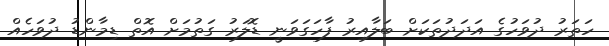
ހަތަރު ދުވަހުގެ އަދަދުތަކަށް ބަލާއިރު ފާހަގަވަނީ ޑޮލަރު ގަތުމަށް އޮތް ޑިމާންޑު ދުވަހެއް